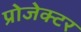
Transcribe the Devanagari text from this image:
प्रोजेक्‍टर